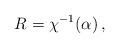
LaTeX: \begin{align*}R=\chi^{-1}(\alpha)\,,\end{align*}